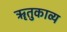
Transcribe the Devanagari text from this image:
ॠतुकाव्य